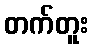
တက်တူး